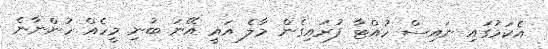
އެކަމުގައި ނައިސް ހުއްޓާ ފުރައިގެން މާލެ އައީ އޭނަ ބުނި މީހެއް ހުންނާނެ